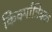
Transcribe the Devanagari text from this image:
किर्क्पात्रिक्क